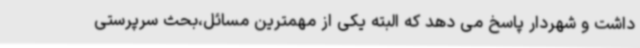
داشت و شهردار پاسخ می دهد که البته یکی از مهمترین مسائل،بحث سرپرستی